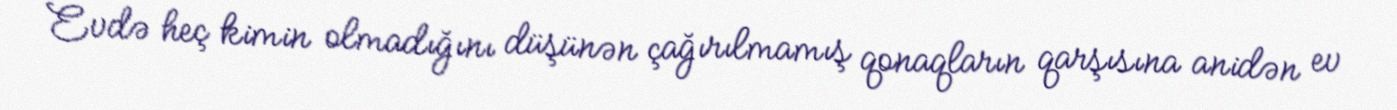
Evdə heç kimin olmadığını düşünən çağırılmamış qonaqların qarşısına anidən ev